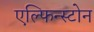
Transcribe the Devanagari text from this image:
एल्फिन्स्टोन